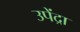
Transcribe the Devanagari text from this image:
उपेंद्रा